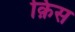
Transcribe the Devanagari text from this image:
क़िस